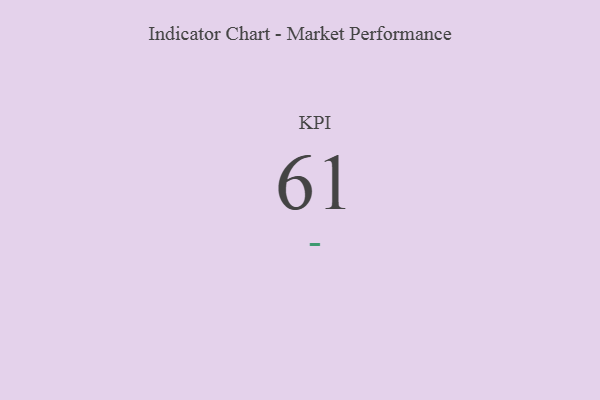
{"axis": {"x": "KPI", "y": "Value"}, "legend": [""], "data": [{"x": "KPI", "y": 61, "type": ""}]}